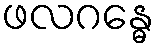
ဖလဂန္ဓေ